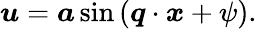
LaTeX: \boldsymbol{u}=\boldsymbol{a}\sin{(\boldsymbol{q}\cdot\boldsymbol{x}+\psi)}.